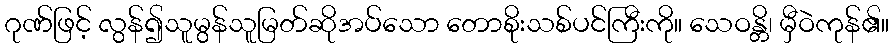
ဂုဏ်ဖြင့် လွန်၍သူမွန်သူမြတ်ဆိုအပ်သော တောစိုးသစ်ပင်ကြီးကို။ သေဝန္တိ၊ မှီဝဲကုန်၏။